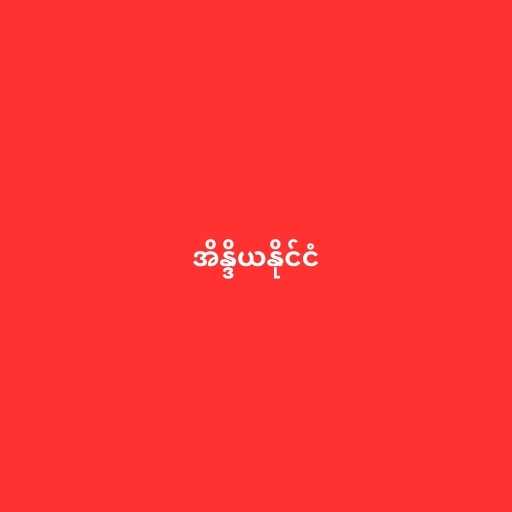
အိန္ဒိယနိုင်ငံ